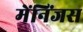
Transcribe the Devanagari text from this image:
मेंनिंजस